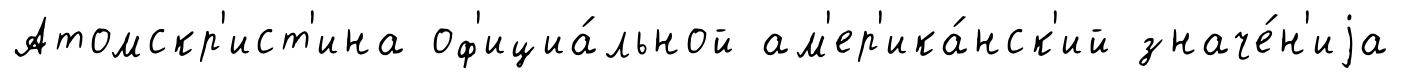
Атомскр'ист'ина оф'ициа́льной ам'ер'ика́нск'ий значе́н'иjа